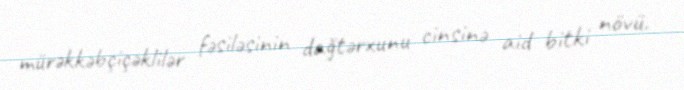
mürəkkəbçiçəklilər fəsiləsinin dağtərxunu cinsinə aid bitki növü.